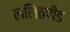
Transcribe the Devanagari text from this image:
ललितपीड